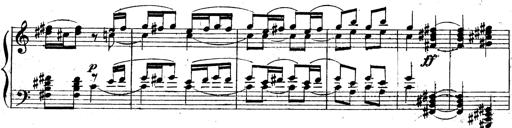
Title: 3 Sonatinas for Piano
Composer: Vissarion Shebalin